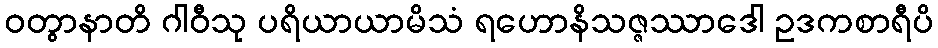
ဝတွာနာတိ ဂါဝီသု ပရိယာယာမိသံ ရဟောနိသဇ္ဇဿာဒေါ ဥဒကစာရီပိ